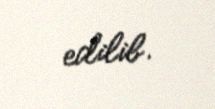
edilib.